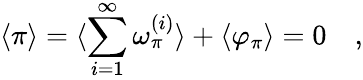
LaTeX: \langle\pi\rangle=\langle\sum_{i=1}^{\infty}\omega_{\pi}^{(i)}\rangle+\langle\varphi_{\pi}\rangle=0\quad,